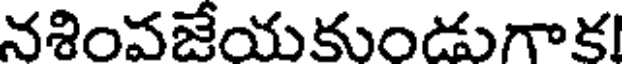
నశింవజేయకుండుగాక!